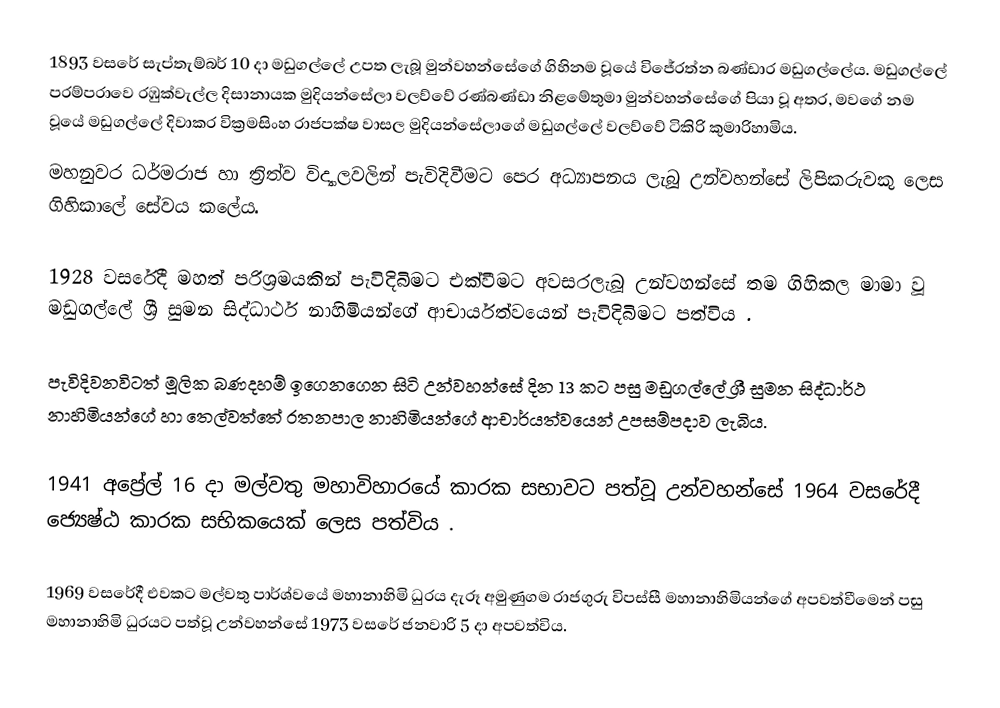
1893 වසරේ සැප්තැම්බර් 10 දා මඩුගල්ලේ උපත ලැබූ මුන්වහන්සේගේ ගිහිනම වූයේ විජේරත්න බණ්ඩාර මඩුගල්ලේය. මඩුගල්ලේ පරම්පරාවෙ රඹුක්වැල්ල දිසානායක මුදියන්සේලා වලව්වේ ‍රණ්බණ්ඩා නිළමේතුමා මුන්වහන්සේගේ පියා වූ අතර, මවගේ නම වූයේ මඩුගල්ලේ දිවාකර වික්‍රමසිංහ ‍රාජපක්ෂ වාසල මුදියන්සේලාගේ මඩුගල්ලේ වලව්වේ ටිකිරි කුමාරිහාමිය.
මහනුවර ධර්මරාජ හා ත්‍රිත්ව විද්‍යාලවලින් පැවිදිවීමට පෙර අධ්‍යාපනය ලැබූ උන්වහන්සේ ලිපිකරුවකු ලෙස ගිහිකාලේ සේවය කලේය.

1928 වසරේදී මහත් පරිශ්‍රමයකින් පැවිදිබිමට එක්වීමට අවසරලැබූ උන්වහන්සේ තම ගිහිකල මාමා වූ මඩුගල්ලේ ශ්‍රී සුමන සිද්ධාර්ථ නාහිමියන්ගේ ආචාර්යත්වයෙන් පැවිදිබිමට පත්විය .

පැවිදිවනවිටත් මූලික බණදහම් ඉගෙනගෙන සිටි උන්වහන්සේ දින 13 කට පසු මඩුගල්ලේ ශ්‍රී සුමන සිද්ධාර්ථ නාහිමියන්ගේ හා තෙල්වත්තේ රතනපාල නාහිමියන්ගේ ආචාර්යත්වයෙන් උපසම්පදාව ලැබිය.

1941 අප්‍රේල් 16 දා මල්වතු මහාවිහාරයේ කාරක සභාවට පත්වූ උන්වහන්සේ 1964 වසරේදී ජ්‍යෙෂ්ඨ කාරක සභිකයෙක් ලෙස පත්විය .

1969 වසරේදී එවකට මල්වතු පාර්ශ්වයේ මහානාහිමි ධුරය දැරූ අමුණුගම රාජගුරු විපස්සී මහානාහිමියන්ගේ  අපවත්වීමෙන් පසු මහානාහිමි ධුරයට පත්වූ උන්වහන්සේ 1973 වසරේ ජනවාරි 5 දා අපවත්විය.